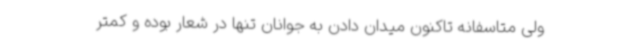
ولی متاسفانه تاکنون میدان دادن به جوانان تنها در شعار بوده و کمتر